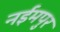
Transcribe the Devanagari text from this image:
नईमपुर